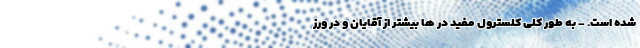
شده است. - به طور کلی کلسترول مفید در ها بیشتر از آقایان و در ورز